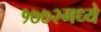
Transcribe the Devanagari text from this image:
१७७२मध्ये